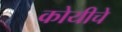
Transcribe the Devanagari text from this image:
कोयीचे